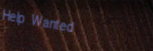
Help Wanted